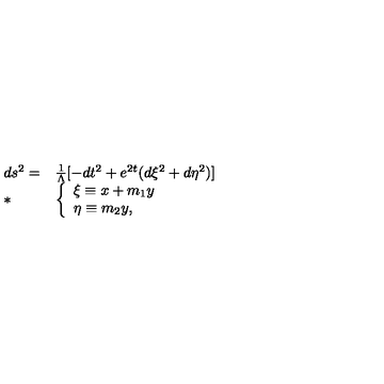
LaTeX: \begin{array} { l l } { d s ^ { 2 } = } & { \frac { 1 } { \Lambda } [ - d t ^ { 2 } + e ^ { 2 t } ( d \xi ^ { 2 } + d \eta ^ { 2 } ) ] \nonumber } \\ { * } & { \left\{ \begin{array} { l } { \xi \equiv x + m _ { 1 } y } \\ { \eta \equiv m _ { 2 } y , } \\ \end{array} \right. } \\ \end{array}